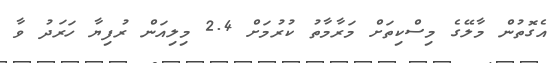
އެގޮތުން މާލޭގެ މިސްކިތަށް މަރާމާތު ކުރުމަށް 2.4 މިލިއަން ރުފިޔާ ހަރަދު ވާ